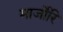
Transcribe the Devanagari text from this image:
मार्जोरि